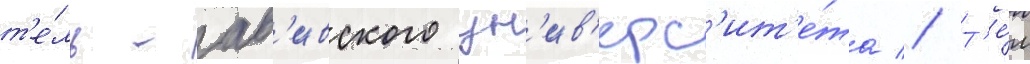
т'е́ль-ав'ивского ун'ив'ерс'ит'е́та // Т'е́м